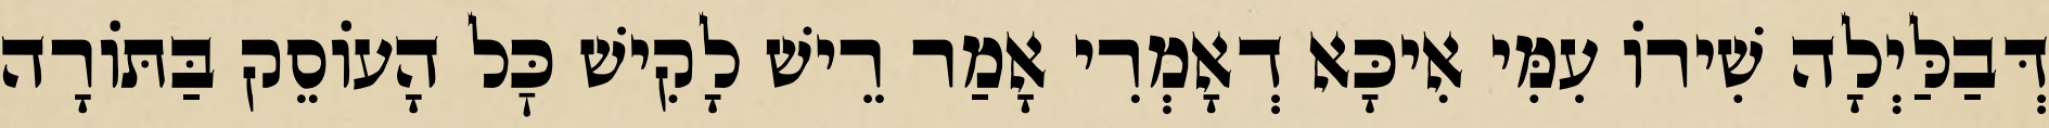
דְּבַלַּיְלָה שִׁירוֹ עִמִּי אִיכָּא דְאָמְרִי אָמַר רֵישׁ לָקִישׁ כׇּל הָעוֹסֵק בַּתּוֹרָה